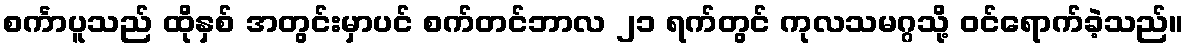
စင်္ကာပူသည် ထိုနှစ် အတွင်းမှာပင် စက်တင်ဘာလ ၂၁ ရက်တွင် ကုလသမဂ္ဂသို့ ဝင်ရောက်ခဲ့သည်။